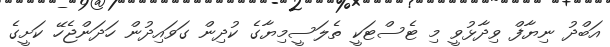
އަބްދު ނިޔާފް ވިދާޅުވީ މި ޓެސްޓަކީ ތެލަސީމިޔާގެ ކުދިން ގަވައިދުން ހަދަންޖެހޭ ކަށީގެ